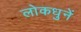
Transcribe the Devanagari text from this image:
लोकधुनें